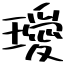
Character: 璦